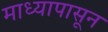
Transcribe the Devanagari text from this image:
माध्यापासून